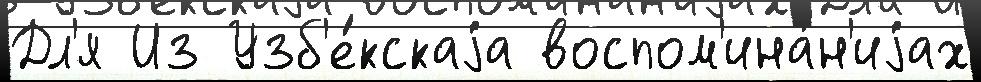
Дл'я Из Узб'е́кскаjа воспом'ина́н'иjах